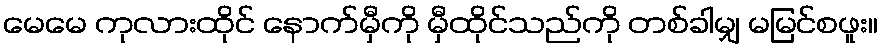
မေမေ ကုလားထိုင် နောက်မှီကို မှီထိုင်သည်ကို တစ်ခါမျှ မမြင်စဖူး။